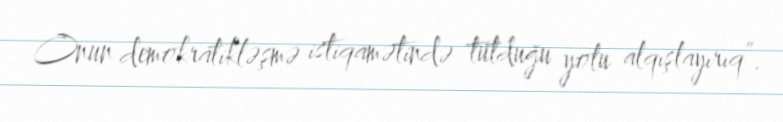
Onun demokratikləşmə istiqamətində tutduğu yolu alqışlayırıq”.